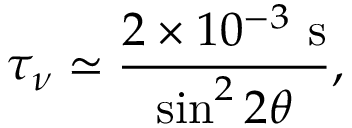
\tau _ { \nu } \simeq \frac { 2 \times 1 0 ^ { - 3 } \mathrm { ~ s } } { \sin ^ { 2 } 2 \theta } ,